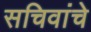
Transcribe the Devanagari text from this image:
सचिवांचे